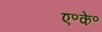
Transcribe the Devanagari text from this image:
ए॰के॰